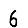
Digit: 6